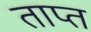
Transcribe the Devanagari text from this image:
ताप्त